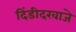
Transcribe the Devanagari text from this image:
दिंडीदरवाजे